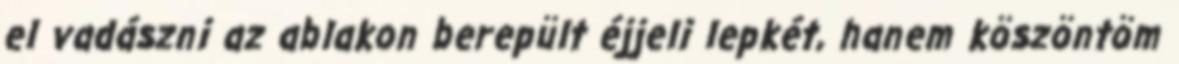
el vadászni az ablakon berepült éjjeli lepkét, hanem köszöntöm